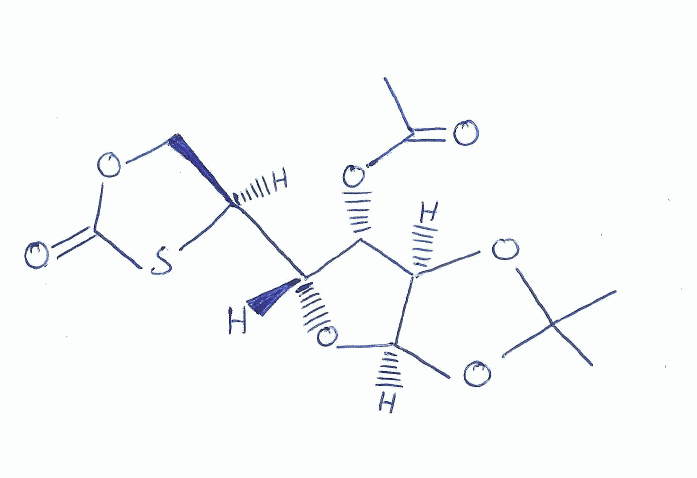
Simplified molecular-input line-entry system (SMILES) notation of the given molecule:
CC(=O)O[C@H]1[C@H](O[C@H]2[C@@H]1OC(O2)(C)C)[C@@H]3COC(=O)S3